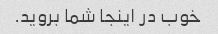
خوب در اینجا شما بروید.